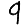
Digit: 9